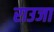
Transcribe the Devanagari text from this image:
राउजा